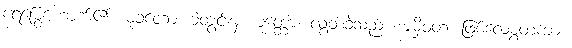
ရေမြွေဟောက်၏။ မုခတော၊ ခံတွင်းမှ။ မုတ္တော၊ လွတ်ခဲ့သည်။ အမှိဝတ၊ ဖြစ်လေစွတကား။